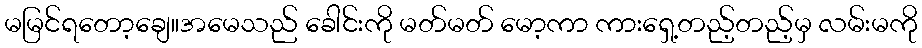
မမြင်ရတော့ချေ။အမေသည် ခေါင်းကို မတ်မတ် မော့ကာ ကားရှေ့တည့်တည့်မှ လမ်းမကို